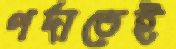
পর্দাতেই